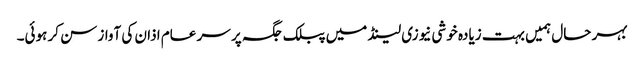
بہر حال ہمیں بہت زیادہ خوشی نیوزی لینڈ میں پبلک جگہ پر سر عام اذان کی آواز سن کر ہوئی۔